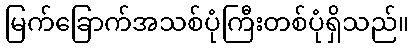
မြက်ခြောက်အသစ်ပုံကြီးတစ်ပုံရှိသည်။